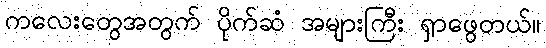
ကလေးတွေအတွက် ပိုက်ဆံ အများကြီး ရှာဖွေတယ်။